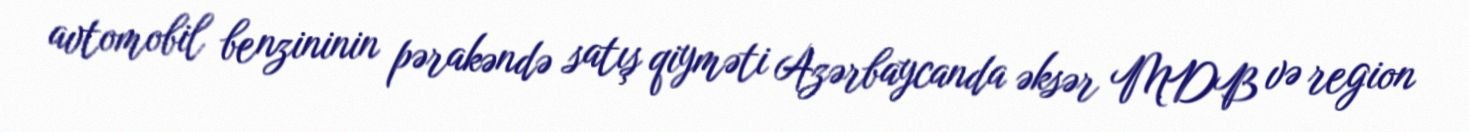
avtomobil benzininin pərakəndə satış qiyməti Azərbaycanda əksər MDB və region